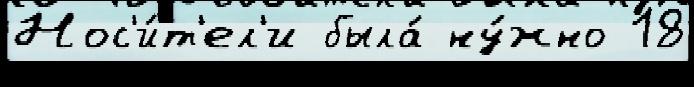
Нос'и́т'ел'и была́ ну́жно 18